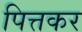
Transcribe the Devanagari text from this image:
पित्तकर